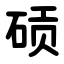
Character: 䂵